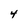
Character: 4